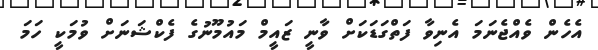
އެހެން ވެއްޖެނަމަ އެނިވާ ފަތްގަޑަކަށް ވާނީ ޒައީމް މައުމޫނުގެ ފެކްޝަނަށް ވުމަކީ ހަމަ